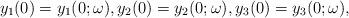
LaTeX: \begin{align*}y_1(0) = y_1(0;\omega),y_2(0) = y_2(0;\omega),y_3(0) = y_3(0;\omega),\end{align*}